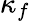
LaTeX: \kappa_{f}